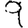
Digit: 9